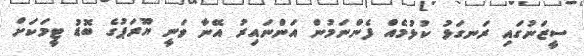
ސީޒަނުގައި ރަނގަޅު ކުޅުމެއް ފެންނަމުން އަންނައިރު އޭނާ ވަނީ ޔޫރަޕުގެ ބޮޑު ޓީމަކަށް